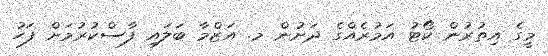
މީގެ އިތުރުން ކޯޓު އަމުރެއްގެ ދަށުން މ. އަޒްމާ ބަލައި ފާސްކުރުމަށް ފަހު